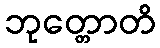
ဘုတ္တောတိ